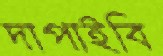
দাপাইবি